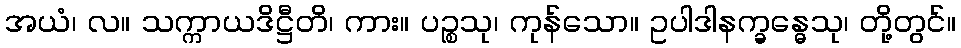
အယံ၊ လ။ သက္ကာယဒိဋ္ဌီတိ၊ ကား။ ပဉ္စသု၊ ကုန်သော။ ဥပါဒါနက္ခန္ဓေသု၊ တို့တွင်။